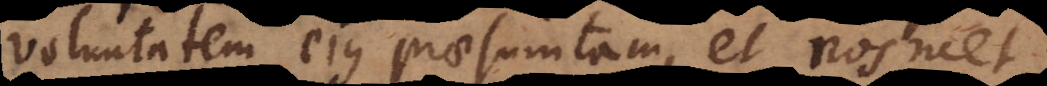
voluntatem ejus praesumtam, et nosmet